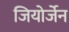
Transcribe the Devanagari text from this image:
जियोर्जेन